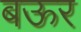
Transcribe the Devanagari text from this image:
बऊर